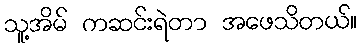
သူ့အိမ် ကဆင်းရဲတာ အဖေသိတယ်။